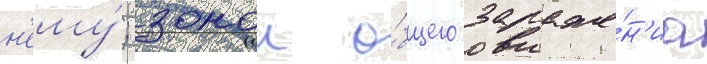
н'ему́; зонои о́бщего зараже́н'иа